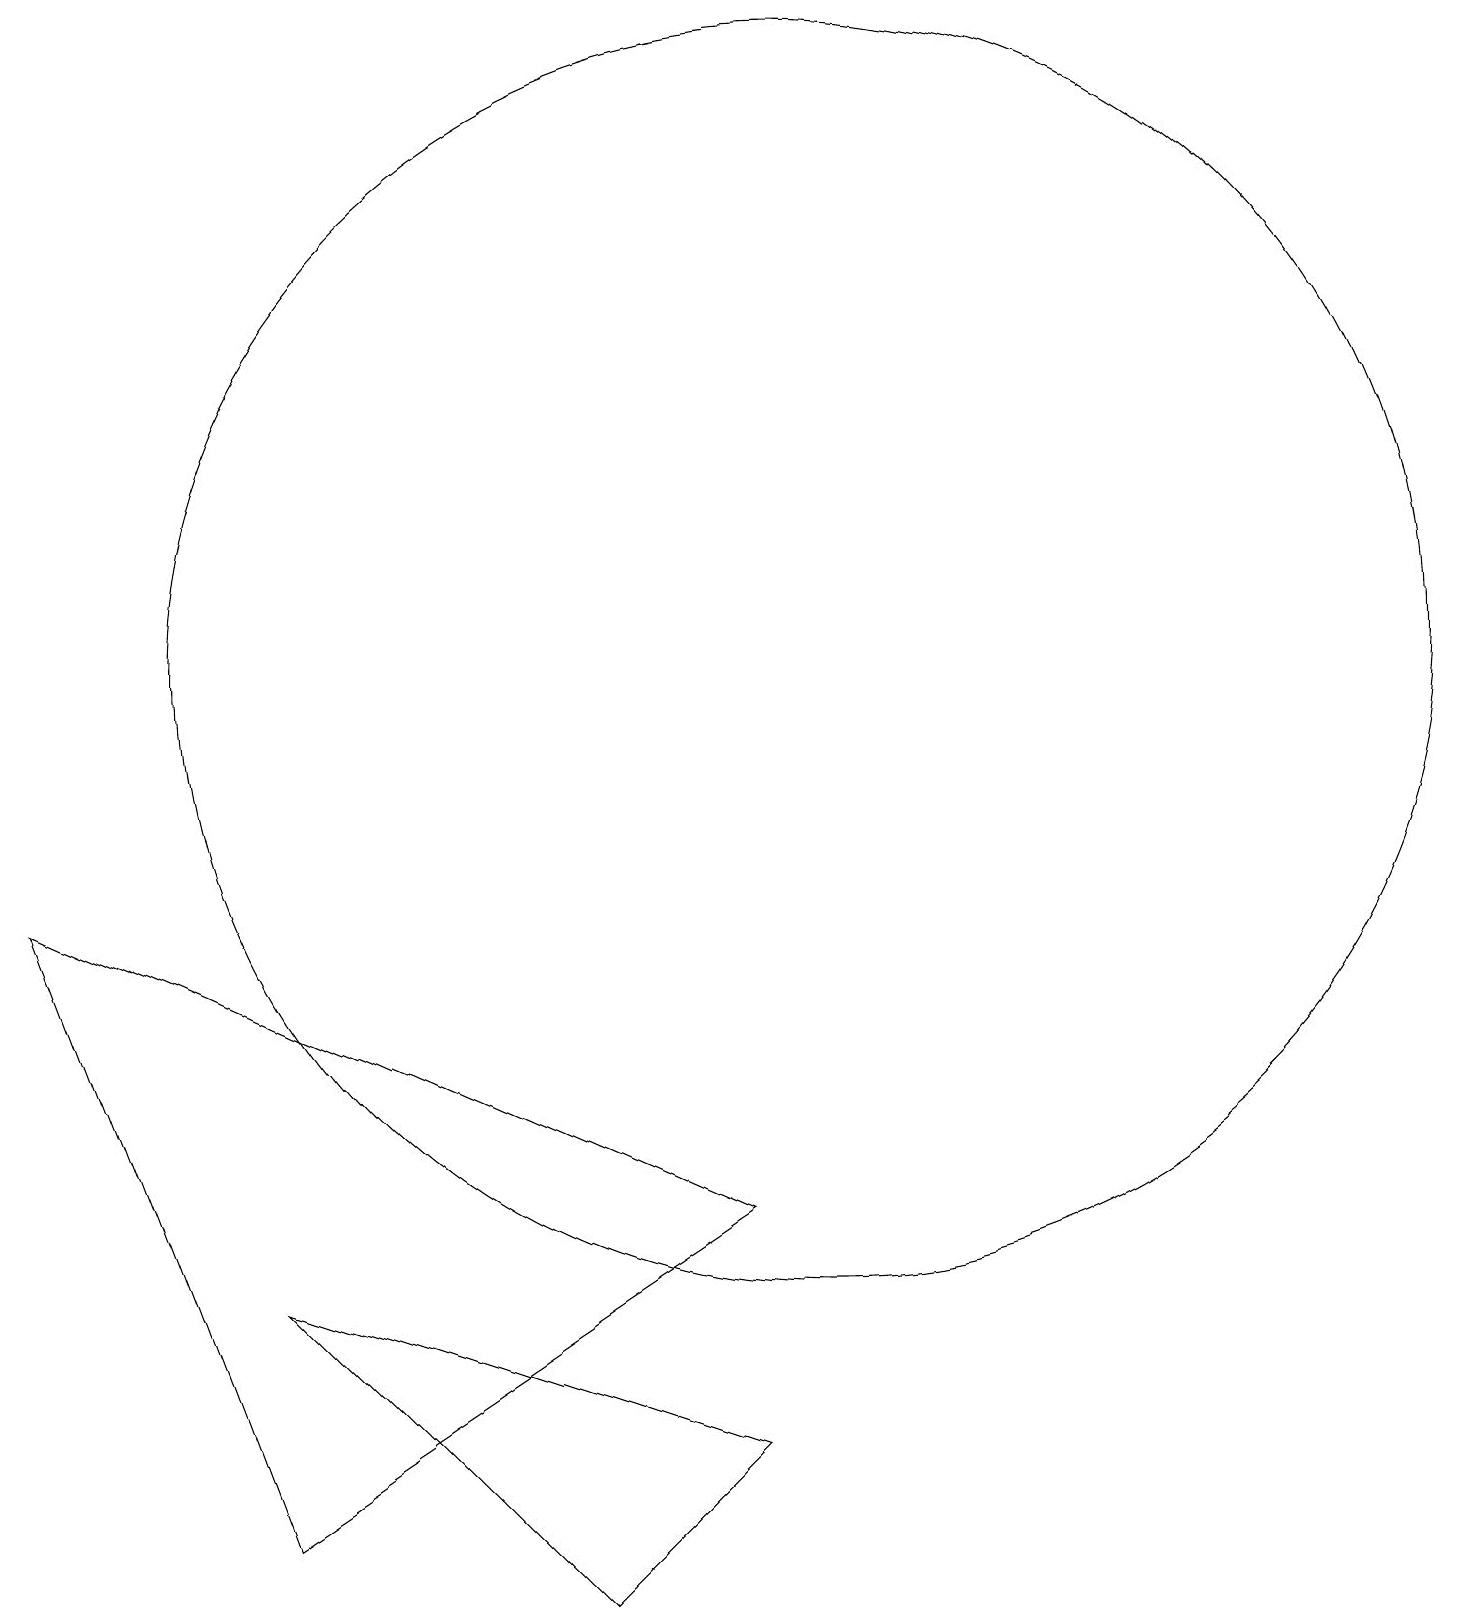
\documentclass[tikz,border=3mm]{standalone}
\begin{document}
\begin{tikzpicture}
\draw (7,0) -- (9,2) -- (3,4) -- cycle;
\draw (10,12) circle (8);
\draw (9,5) -- (0,9) -- (3,1) -- cycle;
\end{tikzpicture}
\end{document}